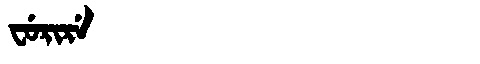
Manchu: ᠸᡠᡵᡳᡵᡝ
Romanization: FURIRE